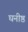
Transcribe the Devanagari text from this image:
घनीष्ठ